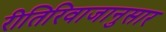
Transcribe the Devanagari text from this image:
रीतिरिवाजानुसार